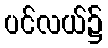
ပင်လယ်၌